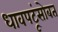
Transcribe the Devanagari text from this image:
धावपटूंसोबत